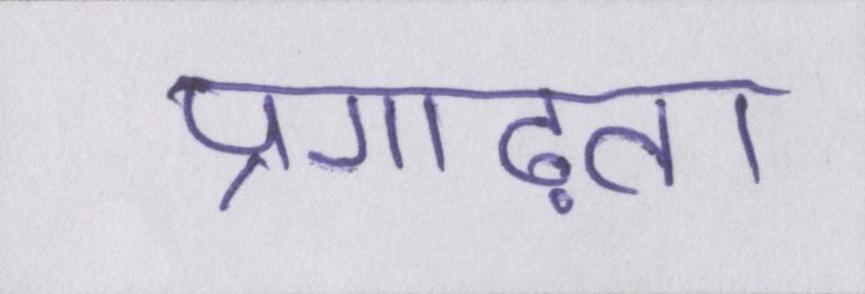
प्रगाढ़ता